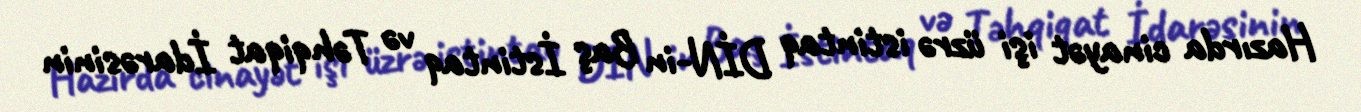
Hazırda cinayət işi üzrə istintaq DİN-in Baş İstintaq və Təhqiqat İdarəsinin